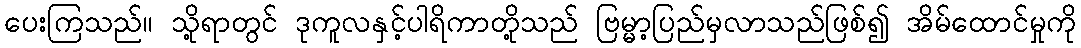
ပေးကြသည်။ သို့ရာတွင် ဒုကူလနှင့်ပါရိကာတို့သည် ဗြမ္မာ့ပြည်မှလာသည်ဖြစ်၍ အိမ်ထောင်မှုကို